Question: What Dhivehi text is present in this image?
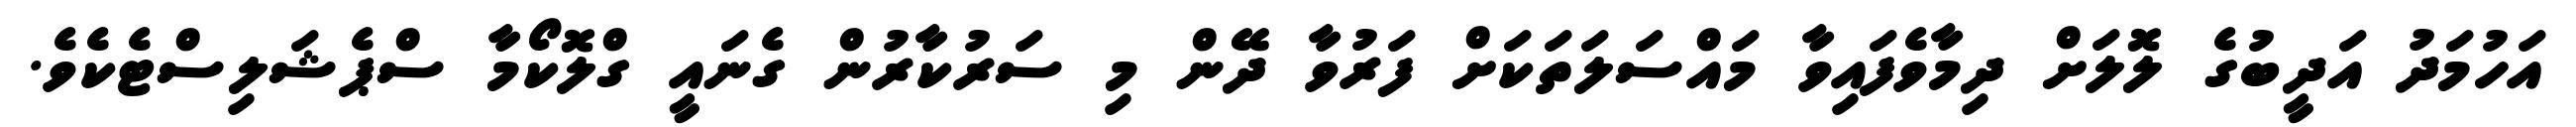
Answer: އަހުމަދު އަދީބުގެ ލޮލަށް ދިމާވެފައިވާ މައްސަލަތަކަށް ފަރުވާ ދޭން މި ސަރުކާރުން ގެނައީ ގްލޮކޯމާ ސްޕެޝަލިސްޓެކެވެ.